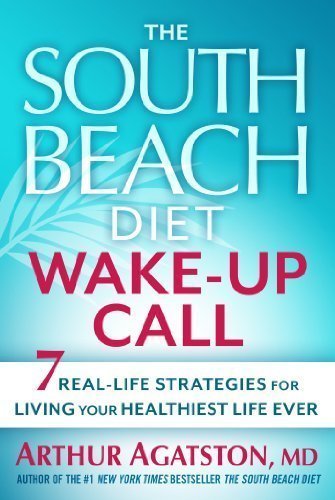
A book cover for The South Beach Diet Wake-Up Call: 7 Real-Life Strategies for Living Your Healthiest Life Ever by Agatston, Arthur 1st (first) Edition (10/2/2012); Health, Fitness & Dieting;